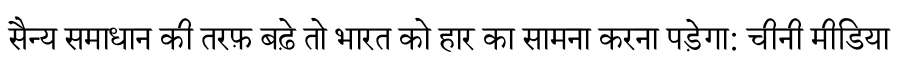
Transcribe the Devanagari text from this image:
सैन्य समाधान की तरफ़ बढ़े तो भारत को हार का सामना करना पड़ेगा: चीनी मीडिया